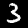
Digit: 3